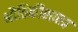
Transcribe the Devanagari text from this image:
भौतिकीशास्त्र